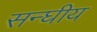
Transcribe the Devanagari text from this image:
सन्घीय